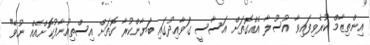
އިންތިޒާމް ކުރެވިފައިވާ އުސޫލާ އެއްގޮތަށް އަސާސީ ގަވާއިދުގައި ބަޔާންކުރާ ގޮތަށް އިސްތިއުނާފުކޮށްއެއް ނުވޭ"